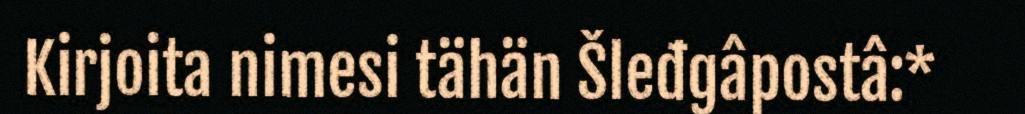
Kirjoita nimesi tähän Šleđgâpostâ:*